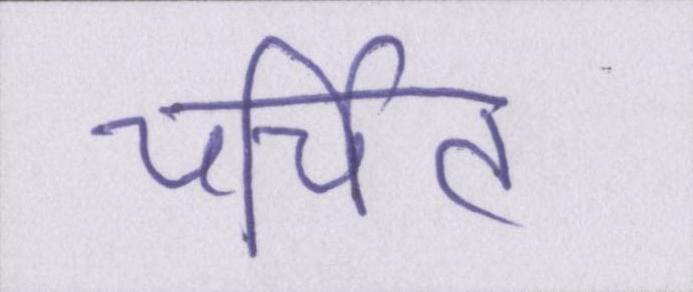
चर्चित